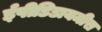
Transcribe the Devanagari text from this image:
ईपीडिडायमीस